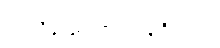
သုံးသိန်းနှစ်သောင်းမျှရှိသည်။